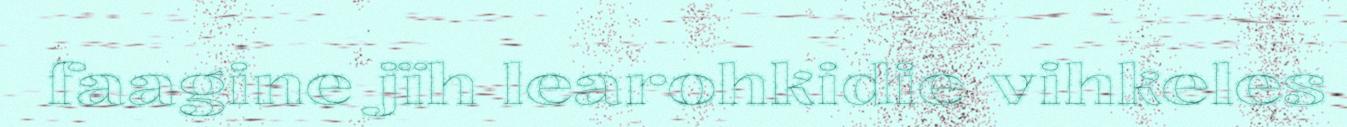
faagine jïh learohkidie vihkeles